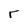
Character: r